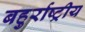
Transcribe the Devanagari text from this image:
बहुर्राष्ट्रीय